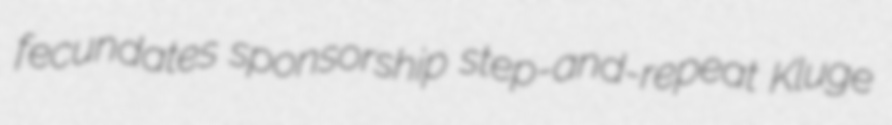
fecundates sponsorship step-and-repeat Kluge